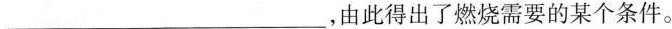
___，由此得出了燃烧需要的某个条件。